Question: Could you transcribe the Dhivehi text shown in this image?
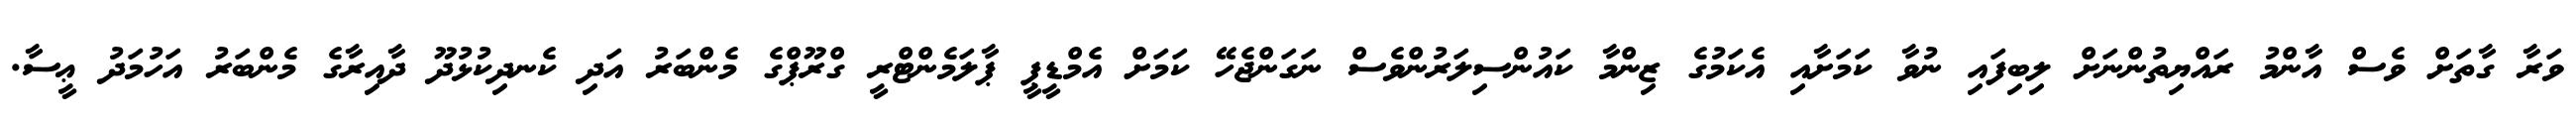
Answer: ވަރާ ގާތަށް ވެސް އާންމު ރައްޔިތުންނަށް ލިބިފައި ނުވާ ކަމަށާއި އެކަމުގެ ޒިންމާ ކައުންސިލަރުންވެސް ނަގަންޖެހޭ ކަމަށް އެމްޑީޕީ ޕާލަމެންޓްރީ ގްރޫޕްގެ މެންބަރު އަދި ކެނދިކުޅުދޫ ދާއިރާގެ މެންބަރު އަހުމަދު ޢީސާ.